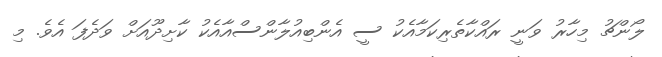
ލޯންޗު މިހާރު ވަނީ ރައްކާތެރިކަމާއެކު ސީ އެންބިއުލާންސްއާއެކު ކާށިދޫއަށް ވަދެފަ އެވެ. މި